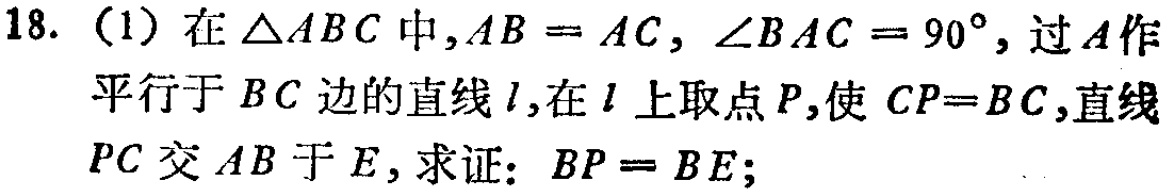
18. (1) 在\(\triangle ABC\)中，\(AB = AC\)，\(\angle BAC = 90^{\circ}\)，过\(A\)作平行于\(BC\)边的直线\(l\)，在\(l\)上取点\(P\)，使\(CP = BC\)，直线\(PC\)交\(AB\)于\(E\)，求证：\(BP = BE\)；